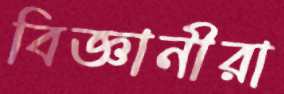
বিজ্ঞানীরা